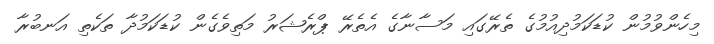
މިހެންވުމުން ކުޑަކަމުދިއުމުގެ ތެރޭގައި މަސާނާގެ އެތެރޭ ޕްރެޝަރު މަތިވެގެން ކުޑަކަމުދާ ތަކެތި އަނބުރާ